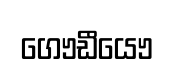
ගෞඩීයෞ